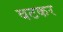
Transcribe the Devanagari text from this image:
वटकर